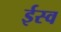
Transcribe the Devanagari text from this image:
ईस्व